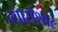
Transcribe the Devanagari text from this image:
व्यासेश्वर